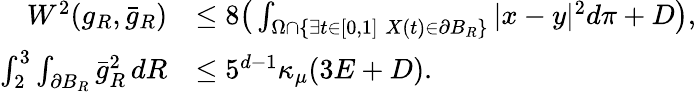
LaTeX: \begin{array}{rl}{W^{2}(g_{R},\bar{g}_{R})}&{\le 8\big(\int_{\Omega\cap\{ \exists t\in[0,1]\; X(t)\in\partial B_{R}\} }|x-y|^{2}d\pi+D\big),}\\ {\int_{2}^{3}\int_{\partial B_{R}}\bar{g}_{R}^{2}\, dR}&{\le 5^{d-1}\kappa_{\mu}(3E+D).}\end{array}